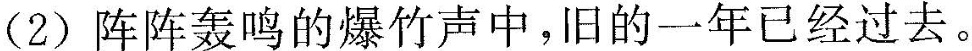
(2)阵阵轰鸣的爆竹声中，旧的一年已经过去。